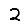
Digit: 2